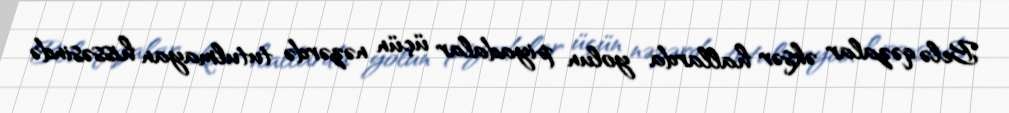
Belə qəzalar əksər hallarda yolun piyadalar üçün nəzərdə tutulmayan hissəsində